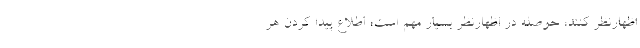
اظهارنظر کنند، حوصله در اظهارنظر بسیار مهم است؛ اطلاع پیدا کردن هر